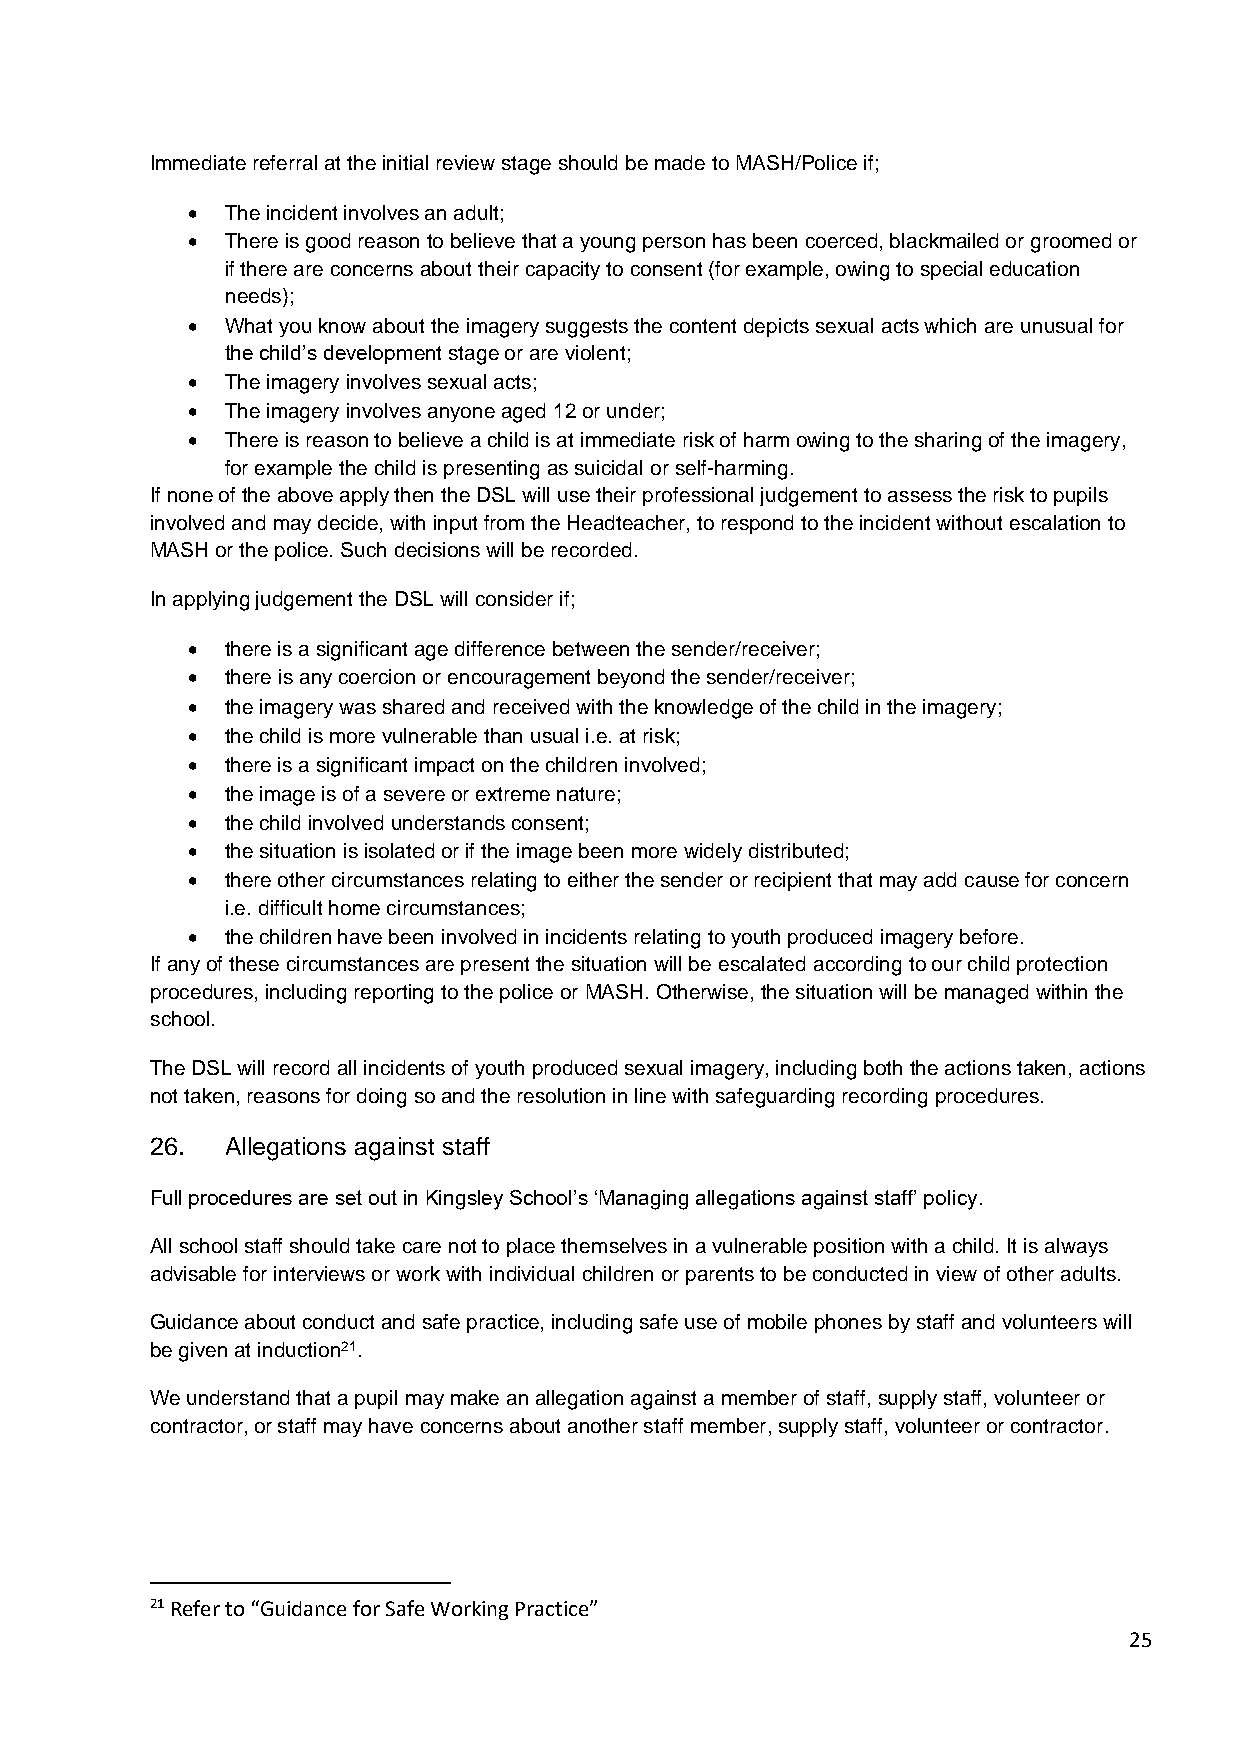
Immediate referral at the initial review stage should be made to MASH/Police if;
 •  The incident involves an adult;
 •  There is good reason to believe that a young person has been coerced, blackmailed or groomed or
 if there are concerns about their capacity to consent (for example, owing to special education
 needs);
 •  What you know about the imagery suggests the content depicts sexual acts which are unusual for
 the child’s development stage or are violent;
 •  The imagery involves sexual acts;
 •  The imagery involves anyone aged 12 or under;
 •  There is reason to believe a child is at immediate risk of harm owing to the sharing of the imagery,
 for example the child is presenting as suicidal or self-harming.
 If none of the above apply then the DSL will use their professional judgement to assess the risk to pupils
 involved and may decide, with input from the Headteacher, to respond to the incident without escalation to
 MASH or the police. Such decisions will be recorded.
 In applying judgement the DSL will consider if;
 •  there is a significant age difference between the sender/receiver;
 •  there is any coercion or encouragement beyond the sender/receiver;
 •  the imagery was shared and received with the knowledge of the child in the imagery;
 •  the child is more vulnerable than usual i.e. at risk;
 •  there is a significant impact on the children involved;
 •  the image is of a severe or extreme nature;
 •  the child involved understands consent;
 •  the situation is isolated or if the image been more widely distributed;
 •  there other circumstances relating to either the sender or recipient that may add cause for concern
 i.e. difficult home circumstances;
 •  the children have been involved in incidents relating to youth produced imagery before.
 If any of these circumstances are present the situation will be escalated according to our child protection
 procedures, including reporting to the police or MASH. Otherwise, the situation will be managed within the
 school.
 The DSL will record all incidents of youth produced sexual imagery, including both the actions taken, actions
 not taken, reasons for doing so and the resolution in line with safeguarding recording procedures.
 26.  Allegations against staff
 Full procedures are set out in Kingsley School’s ‘Managing allegations against staff’ policy.
 All school staff should take care not to place themselves in a vulnerable position with a child. It is always
 advisable for interviews or work with individual children or parents to be conducted in view of other adults.
 Guidance about conduct and safe practice, including safe use of mobile phones by staff and volunteers will
 be given at induction21.
 We understand that a pupil may make an allegation against a member of staff, supply staff, volunteer or
 contractor, or staff may have concerns about another staff member, supply staff, volunteer or contractor.
 21 Refer to “Guidance for Safe Working Practice”
 25